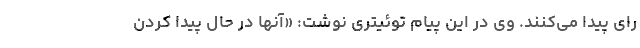
رای پیدا می‌کنند. وی در این پیام توئیتری نوشت: «آنها در حال پیدا کردن